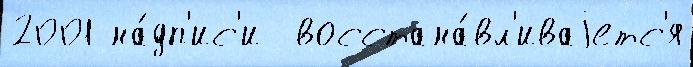
2001 на́дп'ис'и  восстана́вл'иваjетс'я